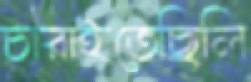
চারাইতেছিলি